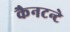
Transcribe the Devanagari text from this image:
कैनटन्टे